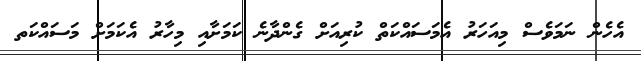
އެހެން ނަމަވެސް މިއަހަރު އެމަސައްކަތް ކުރިއަށް ގެންދާނެ ކަމަށާއި މިހާރު އެކަމަށް މަސައްކަތ